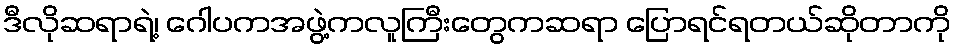
ဒီလိုဆရာရဲ့၊ ဂေါပကအဖွဲ့ကလူကြီးတွေကဆရာ ပြောရင်ရတယ်ဆိုတာကို